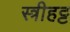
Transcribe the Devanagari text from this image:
स्त्रीहट्ट